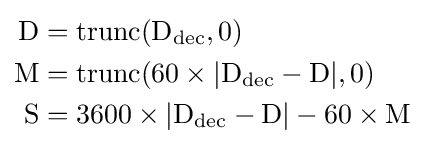
{\begin{aligned}\mathrm {D} &=\operatorname {trunc} (\mathrm {D} _{\text{dec}},0)\\\mathrm {M} &=\operatorname {trunc} (60\times |\mathrm {D} _{\text{dec}}-\mathrm {D} |,0)\\\mathrm {S} &=3600\times |\mathrm {D} _{\text{dec}}-\mathrm {D} |-60\times \mathrm {M} \end{aligned}}